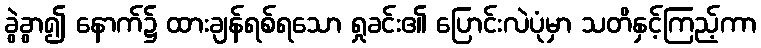
ခွဲခွာ၍ နောက်၌ ထားချန်ရစ်ရသော ရှုခင်း၏ ပြောင်းလဲပုံမှာ သတိနှင့်ကြည့်ကာ